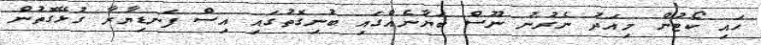
ހައި ކޯޓުން މިއަދު ނެރުނު ނޫސް ބަޔާނެއްގައި ބުނިގޮތުގައި އިސް ފަނޑިޔާރާ ގުޅޭގޮތުން